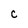
Character: C